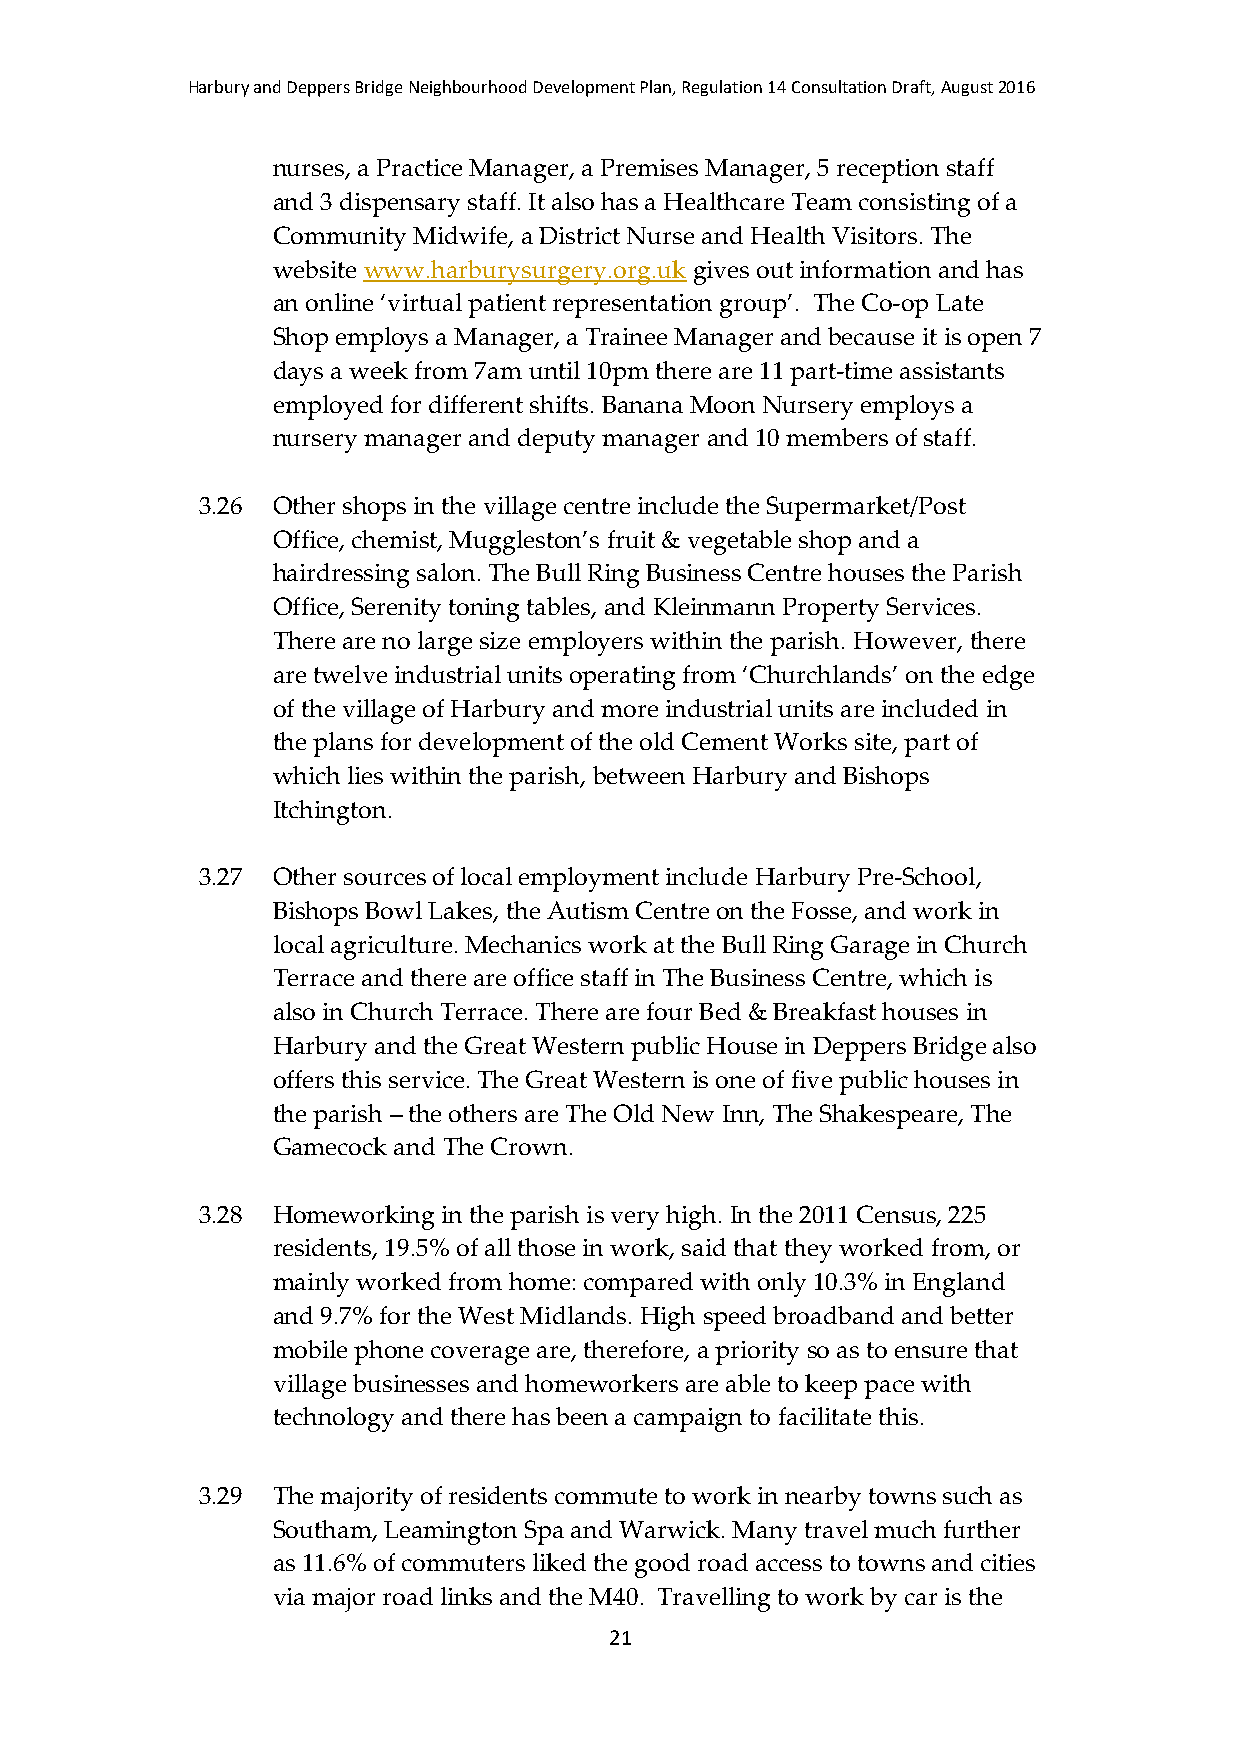
Harbury and Deppers Bridge Neighbourhood Development Plan, Regulation 14 Consultation Draft, August 2016
 nurses, a Practice Manager, a Premises Manager, 5 reception staff
 and 3 dispensary staff. It also has a Healthcare Team consisting of a
 Community Midwife, a District Nurse and Health Visitors. The
 website www.harburysurgery.org.uk gives out information and has
 an online ‘virtual patient representation group’. The Co-op Late
 Shop employs a Manager, a Trainee Manager and because it is open 7
 days a week from 7am until 10pm there are 11 part-time assistants
 employed for different shifts. Banana Moon Nursery employs a
 nursery manager and deputy manager and 10 members of staff.
 3.26 Other shops in the village centre include the Supermarket/Post
 Office, chemist, Muggleston’s fruit & vegetable shop and a
 hairdressing salon. The Bull Ring Business Centre houses the Parish
 Office, Serenity toning tables, and Kleinmann Property Services.
 There are no large size employers within the parish. However, there
 are twelve industrial units operating from ‘Churchlands’ on the edge
 of the village of Harbury and more industrial units are included in
 the plans for development of the old Cement Works site, part of
 which lies within the parish, between Harbury and Bishops
 Itchington.
 3.27 Other sources of local employment include Harbury Pre-School,
 Bishops Bowl Lakes, the Autism Centre on the Fosse, and work in
 local agriculture. Mechanics work at the Bull Ring Garage in Church
 Terrace and there are office staff in The Business Centre, which is
 also in Church Terrace. There are four Bed & Breakfast houses in
 Harbury and the Great Western public House in Deppers Bridge also
 offers this service. The Great Western is one of five public houses in
 the parish – the others are The Old New Inn, The Shakespeare, The
 Gamecock and The Crown.
 3.28 Homeworking in the parish is very high. In the 2011 Census, 225
 residents, 19.5% of all those in work, said that they worked from, or
 mainly worked from home: compared with only 10.3% in England
 and 9.7% for the West Midlands. High speed broadband and better
 mobile phone coverage are, therefore, a priority so as to ensure that
 village businesses and homeworkers are able to keep pace with
 technology and there has been a campaign to facilitate this.
 3.29 The majority of residents commute to work in nearby towns such as
 Southam, Leamington Spa and Warwick. Many travel much further
 as 11.6% of commuters liked the good road access to towns and cities
 via major road links and the M40. Travelling to work by car is the
 21